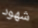
شهود